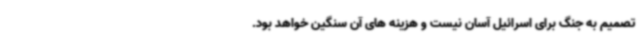
تصمیم به جنگ برای اسرائیل آسان نیست و هزینه های آن سنگین خواهد بود.